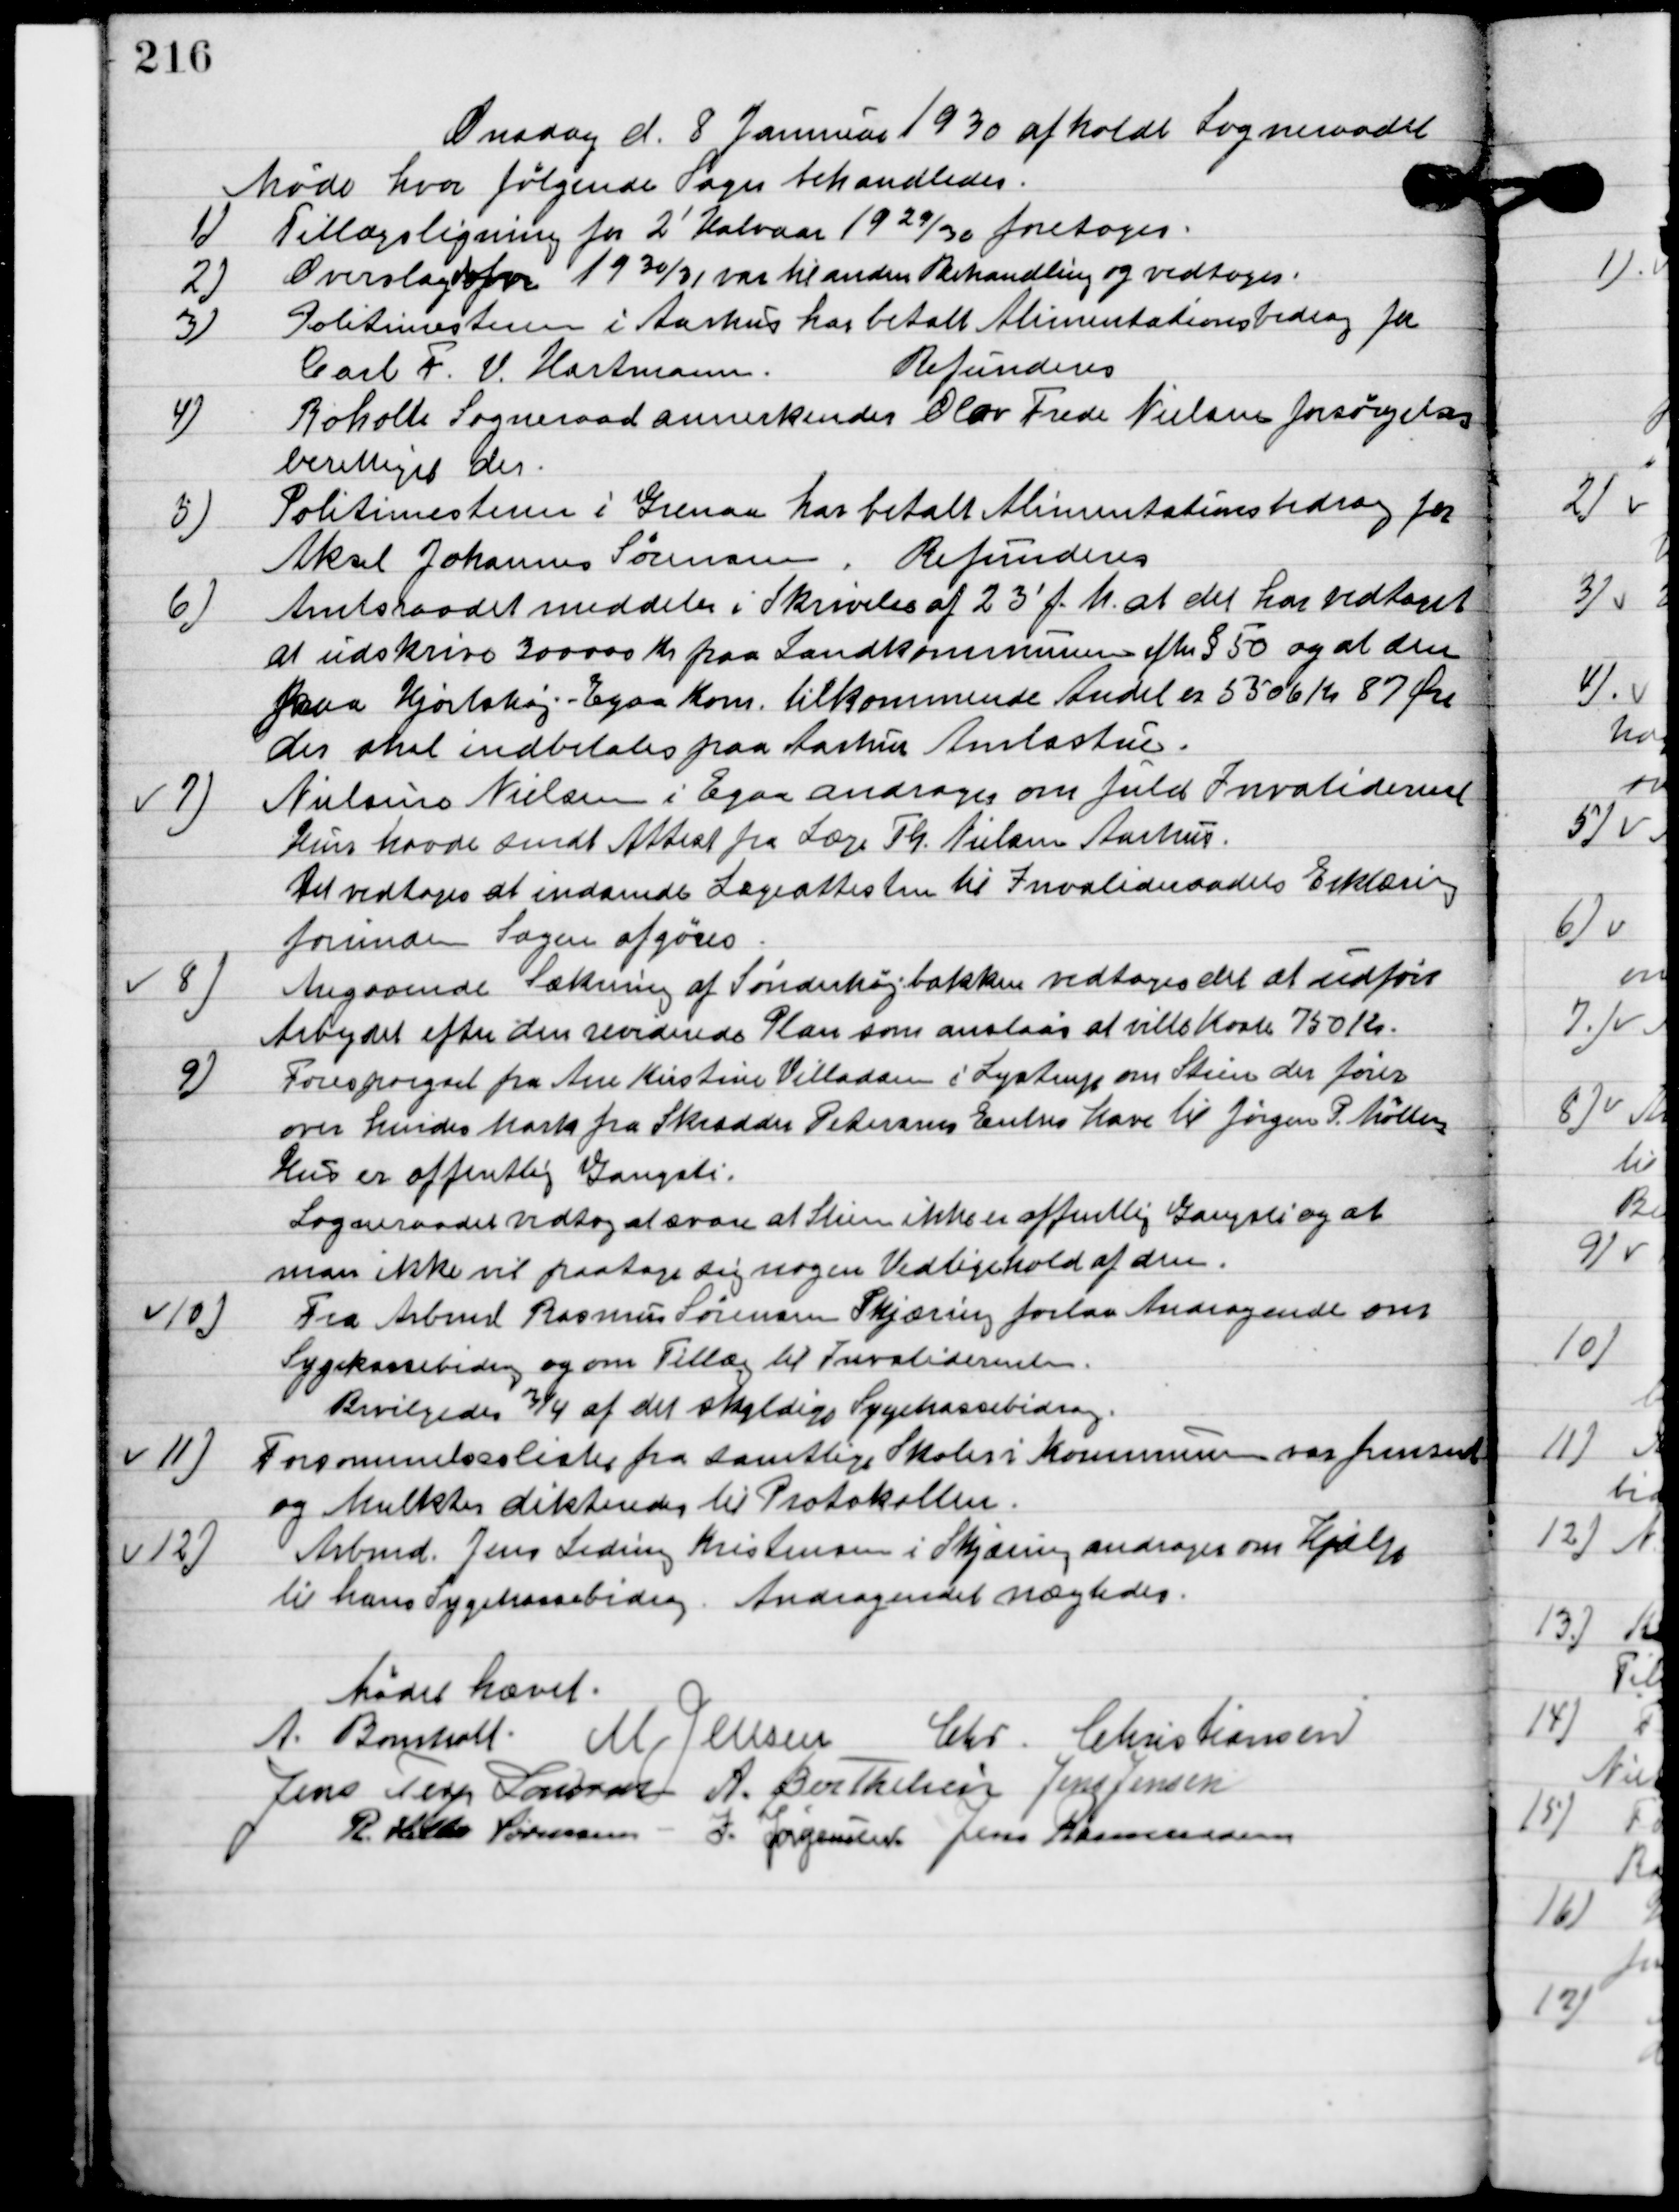
Transskription:
Onsdag d. 8. Januar 1930 afholdt Sogneraadet
Møde hvor følgende sager behandledes.

1

Tillægsligning for 2´ kvartal 19 29/30 foretoges.

2

Overslag for 1930/31 var til anden behandling og vedtoges.

3

Politimesteren i Aarhus har betalt Alimentationsbidrag for
 Carl F. V. Hartmand.
Refunderes.

4.

Roholt Sogneraad annerkender Olav Frede Nielsen forsørgelses-
berettiget der.

5

Politimesteren i Grenaa har betalt Alimentationsbidrag for
Aksel Johannes Sørensen.
Refunderes.

6

Amtsraadet meddeler i Skrivelse af 23´ f.M. at der har vedtaget
 at udskrive 300000 Kr. paa Landkommunen efter § 50 og at den
fra Hjortshøj-Egaa Kom. tilkommende Andel er 5506 Kr. 87 Øre
der skal indbetales paa Aarhus Amtsstue.

7

Nielsine Nielsen i Egaa andrager om fuld Invaliderente
hun havde sendt attest fra Læge Th. Nielsen Aarhus.
Det vedtoges at indsende Lægeattesten til Invalideraadets Erklæring
forinden Sagen afgøres.

8

Angaaende Sækning Sønderhøjbakke vedtoges det at udføre
Arbejdet efter den reviderede Plan som anslaas at vilde koste 750 Kr.

9

Forespørgsel fra Ane Kirstine Villadsen i Lystrup om Stien der fører 
over hendes Mark fra Skredder Petersens Entres Have til Jørgen P. Møllers 
hus er offentlig Gangsti.
Sogneraadet vedtog at svare at Stien ikke er offentlig Gangsti og at 
man ikke vil paatage sig nogen Vedligehold af den.

10

Fra Arbmd. Rasmus Sørensen Skjæring forlaa Andragende om
Sygekassebidrag og om tillæg i Invaliderenten.
Bevilgedes 3/4 af det skyldige Sygekassebidrag.

11

Forsømmelseslisen fra samtlige skoler i Kommunen var fremsendt
og Mulkter dikteredes til Protokollen.

12

Arbmd. Jens Siding Kristensen i Skjæring andrager om hjælp
til hans Sygekassebidrag.
Andragendet nægtedes.

Mødet hævet.

A. Bomholt
M. Jensen
Chr. Christiansen
Jens Terp Laursen
A. Berthelsen
Jens Jensen
R. Helbo Sørensen
I. Jørgensen
Jens Rasmussen